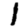
Digit: 1